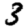
Digit: 3